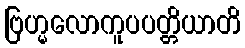
ဗြဟ္မလောကူပပတ္တိယာတိ